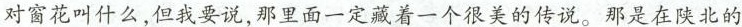
对窗花叫什么，但我要说，那里面一定藏着一个很美的传说。那是在陕北的